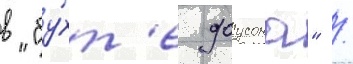
в "бу́хт'е доусона" /